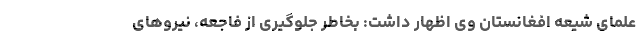
علمای شیعه افغانستان وی اظهار داشت: بخاطر جلوگیری از فاجعه، نیروهای